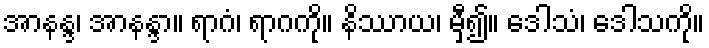
အာနန္ဒ၊ အာနန္ဒာ။ ရာဂံ၊ ရာဂကို။ နိဿာယ၊ မှီ၍။ ဒေါသံ၊ ဒေါသကို။